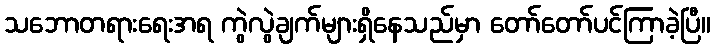
သဘောတရားရေးအရ ကွဲလွဲချက်များရှိနေသည်မှာ တော်တော်ပင်ကြာခဲ့ပြီ။